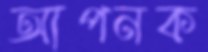
আপনক